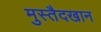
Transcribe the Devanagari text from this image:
मुस्तैदखान